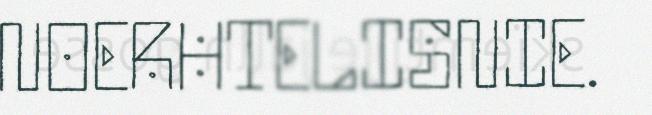
NOERHTELISNIE.